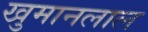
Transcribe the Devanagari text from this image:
खुमानलाल